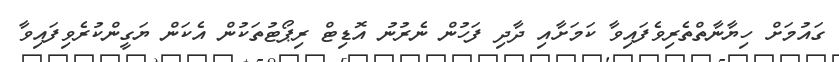
ގައުމަށް ހިޔާނާތްތެރިވެފައިވާ ކަމަށާއި ދާދި ފަހުން ނެރުނު އޮޑިޓް ރިޕޯޓުތަކުން އެކަން ޔަގީންކުރެވިފައިވާ